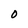
Character: O